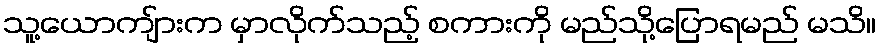
သူ့ယောကျ်ားက မှာလိုက်သည့် စကားကို မည်သို့ပြောရမည် မသိ။